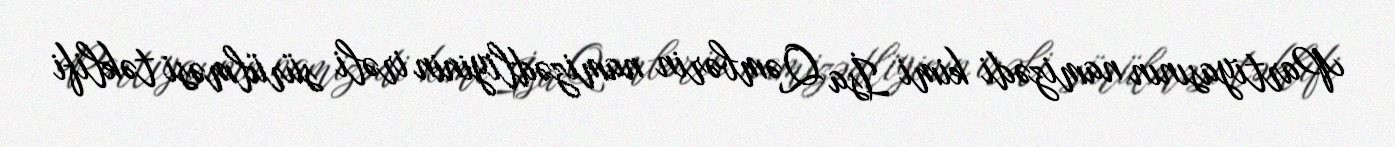
Partiyasının namizədi kimi İsa Qəmbərin namizədliyinin irəli sürülməsi təklifi